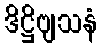
ဒိဋ္ဌိဗျသနံ